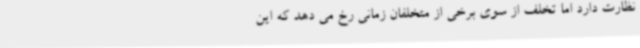
نظارت دارد اما تخلف از سوی برخی از متخلفان زمانی رخ می دهد که این